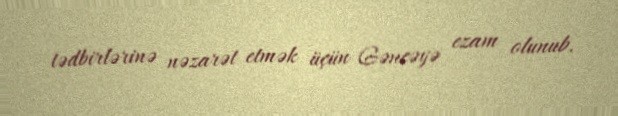
tədbirlərinə nəzarət etmək üçün Gəncəyə ezam olunub.